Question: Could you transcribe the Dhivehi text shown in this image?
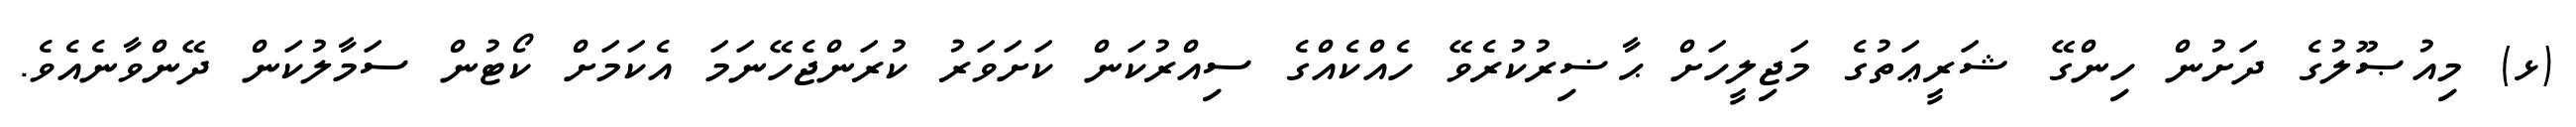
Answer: (ޅ) މިއުޞޫލުގެ ދަށުން ހިންގޭ ޝަރީޢަތުގެ މަޖިލީހަށް ޙާޟިރުކުރެވޭ ހެއްކެއްގެ ސިއްރުކަން ކަށަވަރު ކުރަންޖެހޭނަމަ އެކަމަށް ކޯޓުން ސަމާލުކަން ދޭންވާނެއެވެ.